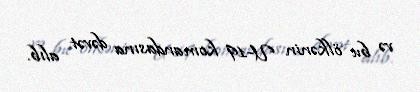
və bu ölkənin U-19 komandasına dəvət alıb.